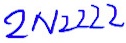
Text: 2N2222